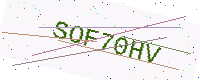
Text: SOF70HV